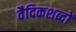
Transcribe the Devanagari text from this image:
वैदिकशब्दों